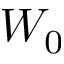
W _ { 0 }